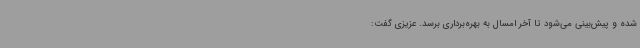
شده و پیش‌بینی می‌شود تا آخر امسال به بهره‌برداری برسد. عزیزی گفت: